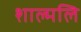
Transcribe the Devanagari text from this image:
शाल्मलि